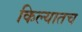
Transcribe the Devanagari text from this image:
किल्यातच